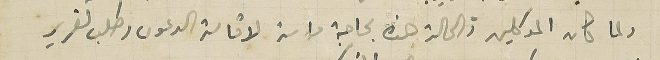
ولما كان الموكلين والحالة هذه بحاجة ماسة لاقامة الدعوى وطلب تقرير